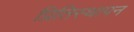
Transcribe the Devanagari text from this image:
प्रितिस्थापन